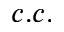
c . c .